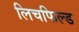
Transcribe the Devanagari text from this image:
लिचफिल्ड